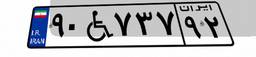
۹۰W۷۳۷۹۲